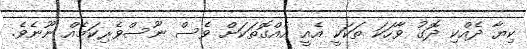
ކިޔާ ދެއްކި ދޮގު ވާހަކަ ތަކަކީ އެއީ އެއްގޮތަކަށް ވެސް ނޫސްވެރިކަމެއް ނޫނެވެ.